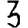
Digit: 3